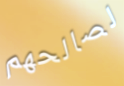
لصالحهم